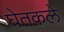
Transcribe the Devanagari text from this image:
घेतकले